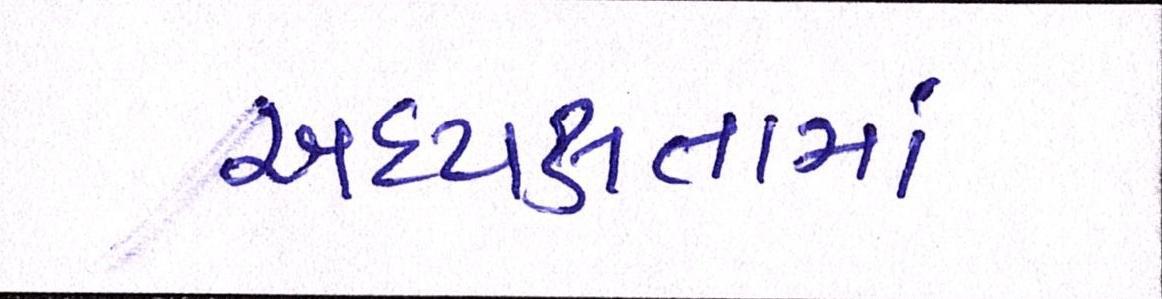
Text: અધ્યક્ષતામાં